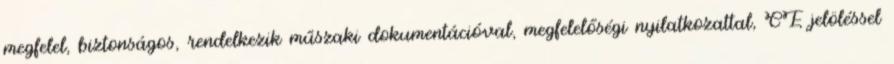
megfelel, biztonságos, rendelkezik műszaki dokumentációval, megfelelőségi nyilatkozattal, CE jelöléssel